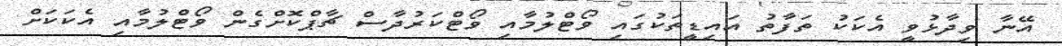
އޭނާ ވިދާޅުވީ އެކަކު ތަފާތު އައިޑީތަކުގައި ވޯޓްލުމާއި ވޯޓްކަރުދާސް ޗާޕްކޮށްގެން ވޯޓްލުމާއި އެކަކަށް